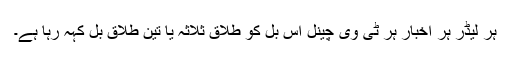
ہر لیڈر ہر اخبار ہر ٹی وی چینل اس بل کو طلاق ثلاثہ یا تین طلاق بل کہہ رہا ہے۔